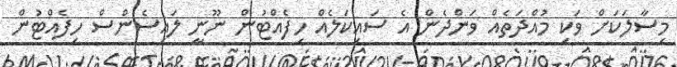
މިސާލަަކަށް ވަކި މުއްދަތެއް ވަންދެން އެ ސައިކަލެއް ހިފެއްޓުން ނޫނީ ލައިސެންސް ހިފެއްޓުން